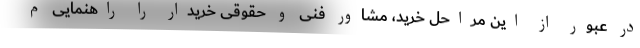
در عبور از این مراحل خرید، مشاور فنی و حقوقی خریدار را راهنمایی م